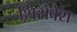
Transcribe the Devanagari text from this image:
शिरोवेश